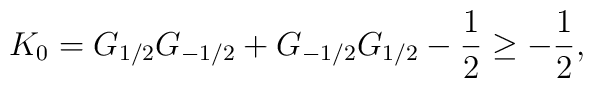
K_0 = G_{1/2} G_{-1/2} + G_{-1/2} G_{1/2} - \frac {1} {2} \geq - \frac {1} {2},